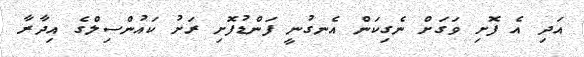
އަދި އެ ފޮށި ވަގަށް ނެގިކަން އެނގުނީ ފަންޑުފޮށި ރަށު ކައުންސިލްގެ އިދާރާ